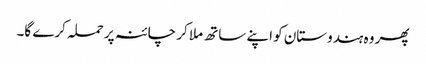
پھر وہ ہندوستان کو اپنے ساتھ ملا کر چائنہ پر حملہ کرے گا۔